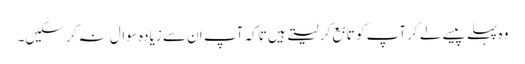
وہ پہلے پیسے لے کر آپ کو تابع کر لیتے ہیں تاکہ آپ ان سے زیادہ سوال نہ کرسکیں۔